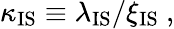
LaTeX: \kappa_{\mathrm{IS}}\equiv\lambda_{\mathrm{IS}}/\xi_{\mathrm{IS}}\ ,